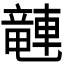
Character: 𫏽